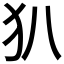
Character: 𤜞